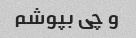
و چی بپوشم